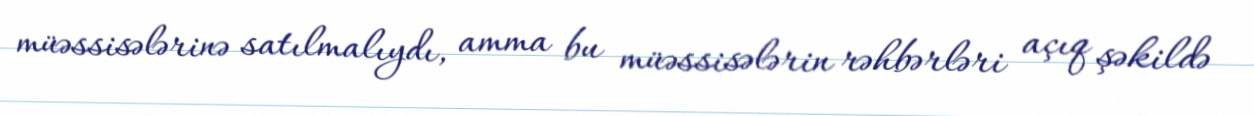
müəssisələrinə satılmalıydı, amma bu müəssisələrin rəhbərləri açıq şəkildə